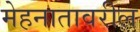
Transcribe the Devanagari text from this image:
मेहनातावरील